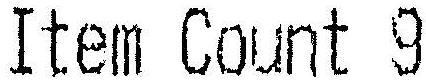
ITEM COUNT 9